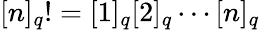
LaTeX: [n]_{q}!=[1]_{q}[2]_{q}\cdots[n]_{q}